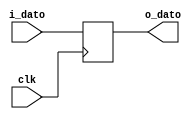
`timescale 1ns / 1ps
//////////////////////////////////////////////////////////////////////////////////
// Company: 
// Engineer: 
// 
// Design Name: 
// Module Name:    uno 
// Project Name: 
// Target Devices: 
// Tool versions: 
// Description: 
//	Escriba un modelo Verilog para un registro parametrizable.
// En caso de no indicar ningn valor para el parmetro el registro debe ser de 32 bits.
//
// Dependencies: 
//
// Revision: 
// Revision 0.01 - File Created
// Additional Comments: 
//
//////////////////////////////////////////////////////////////////////////////////
module uno 
	# (parameter N_BITS =32)
	( 
	input [N_BITS-1:0] i_dato,
	input clk,
	output reg [N_BITS-1:0] o_dato
    )	;

	always @ (posedge clk)	
	begin
		o_dato <= i_dato;
	end

endmodule